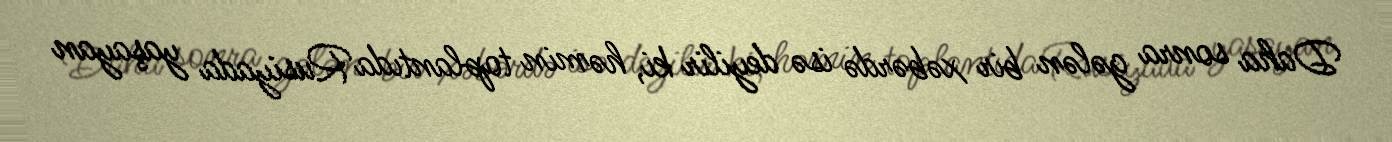
Daha sonra gələn bir xəbərdə isə deyilir ki, həmin toplantıda Rusiyada yaşayan